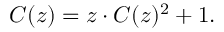
C ( z ) = z \cdot C ( z ) ^ { 2 } + 1 .